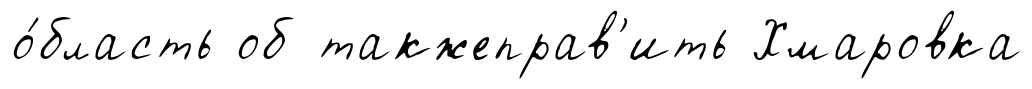
о́бласть об такжеправ'ить Хмаровка